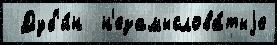
 Дуб'и́н  н'езамыслова́тыjе